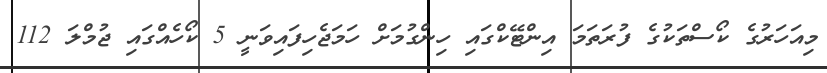
މިއަހަރުގެ ކޯސްތަކުގެ ފުރަތަމަ އިންޓޭކްގައި ހިންގުމަށް ހަމަޖެހިފައިވަނީ 5 ކޯހެއްގައި ޖުމްލަ 112